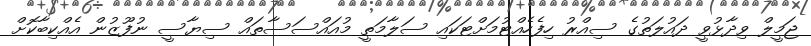
ޖަމީލް ވިދާޅުވީ ދައުލަތުގެ ސިއްރު ހިފެހެއްޓުމަށްޓަކައި ސަލާމަތީ މުއައްސަސާތައް ސިޔާސީ ނުފޫޒުން އެއްކިބާކޮށް